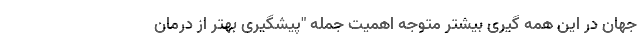
جهان در این همه گیری بیشتر متوجه اهمیت جمله "پیشگیری بهتر از درمان